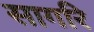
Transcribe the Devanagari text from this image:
सागरि